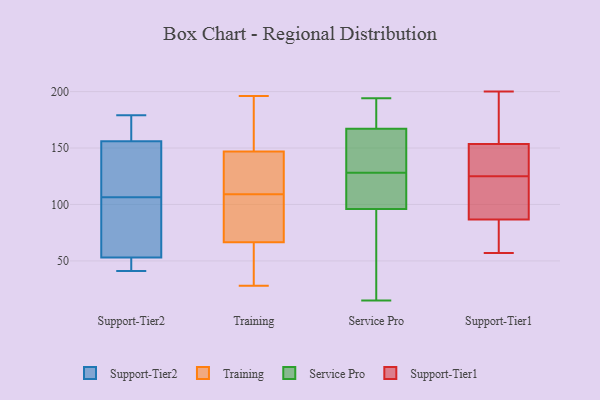
{"axis": {"x": "Waste Production (Tons)", "y": "Value"}, "legend": ["Service Pro", "Support-Tier1", "Support-Tier2", "Training"], "data": [{"x": "", "y": 160, "type": "Support-Tier2"}, {"x": "", "y": 41, "type": "Support-Tier2"}, {"x": "", "y": 53, "type": "Support-Tier2"}, {"x": "", "y": 141, "type": "Support-Tier2"}, {"x": "", "y": 49, "type": "Support-Tier2"}, {"x": "", "y": 72, "type": "Support-Tier2"}, {"x": "", "y": 141, "type": "Support-Tier2"}, {"x": "", "y": 156, "type": "Support-Tier2"}, {"x": "", "y": 62, "type": "Support-Tier2"}, {"x": "", "y": 179, "type": "Support-Tier2"}, {"x": "", "y": 84, "type": "Training"}, {"x": "", "y": 43, "type": "Training"}, {"x": "", "y": 104, "type": "Training"}, {"x": "", "y": 190, "type": "Training"}, {"x": "", "y": 28, "type": "Training"}, {"x": "", "y": 166, "type": "Training"}, {"x": "", "y": 41, "type": "Training"}, {"x": "", "y": 106, "type": "Training"}, {"x": "", "y": 123, "type": "Training"}, {"x": "", "y": 79, "type": "Training"}, {"x": "", "y": 37, "type": "Training"}, {"x": "", "y": 196, "type": "Training"}, {"x": "", "y": 69, "type": "Training"}, {"x": "", "y": 161, "type": "Training"}, {"x": "", "y": 116, "type": "Training"}, {"x": "", "y": 122, "type": "Training"}, {"x": "", "y": 155, "type": "Training"}, {"x": "", "y": 64, "type": "Training"}, {"x": "", "y": 139, "type": "Training"}, {"x": "", "y": 112, "type": "Training"}, {"x": "", "y": 142, "type": "Service Pro"}, {"x": "", "y": 15, "type": "Service Pro"}, {"x": "", "y": 167, "type": "Service Pro"}, {"x": "", "y": 114, "type": "Service Pro"}, {"x": "", "y": 121, "type": "Service Pro"}, {"x": "", "y": 49, "type": "Service Pro"}, {"x": "", "y": 182, "type": "Service Pro"}, {"x": "", "y": 194, "type": "Service Pro"}, {"x": "", "y": 96, "type": "Service Pro"}, {"x": "", "y": 135, "type": "Service Pro"}, {"x": "", "y": 57, "type": "Support-Tier1"}, {"x": "", "y": 198, "type": "Support-Tier1"}, {"x": "", "y": 92, "type": "Support-Tier1"}, {"x": "", "y": 125, "type": "Support-Tier1"}, {"x": "", "y": 85, "type": "Support-Tier1"}, {"x": "", "y": 132, "type": "Support-Tier1"}, {"x": "", "y": 200, "type": "Support-Tier1"}, {"x": "", "y": 79, "type": "Support-Tier1"}, {"x": "", "y": 146, "type": "Support-Tier1"}, {"x": "", "y": 115, "type": "Support-Tier1"}, {"x": "", "y": 156, "type": "Support-Tier1"}]}